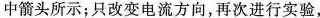
中箭头所示；只改变电流方向，再次进行实验，